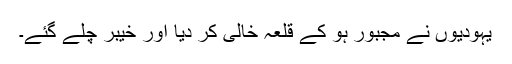
یہودیوں نے مجبور ہو کے قلعہ خالی کر دیا اور خیبر چلے گئے۔